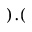
) . (